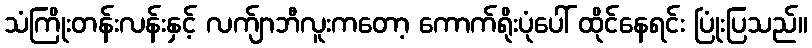
သံကြိုးတန်းလန်းနှင့် လက်ျာဘီလူးကတော့ ကောက်ရိုးပုံပေါ် ထိုင်နေရင်း ပြုံးပြသည်။